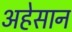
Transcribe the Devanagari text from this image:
अहेसान